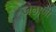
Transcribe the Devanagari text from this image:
जेठाणी